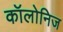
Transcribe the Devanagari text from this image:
कॉलोनिज